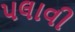
પલાવી